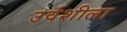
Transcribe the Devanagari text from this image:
उर्वशीला